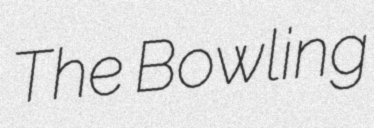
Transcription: The Bowling